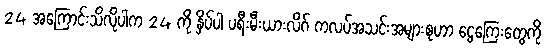
24 အကြောင်းသိလိုပါက 24 ကို နှိပ်ပါ ပရီးမီးယားလိဂ် ကလပ်အသင်းအများစုဟာ ငွေကြေးတွေကို